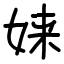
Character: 𫝫